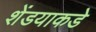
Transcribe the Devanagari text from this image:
शेंडयाकडे